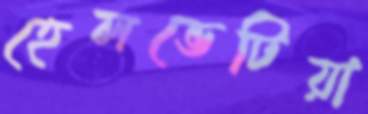
হেলভেটিয়া